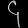
Digit: ၄